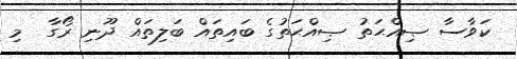
ކަވާސާ ޞިއްޙަތު ޞިއްޙަތުގެ ބައިތައް ބަލިތައް ދޫނި ރޯގާ  މި